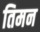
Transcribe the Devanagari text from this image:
तिमन